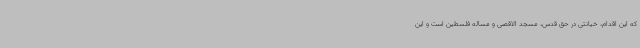
که این اقدام، خیانتی در حق قدس، مسجد الاقصی و مساله فلسطین است و این